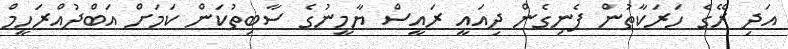
އަދި ރޭގެ ހަރަކާތުން ފެނިގެން ދިއައީ ރައީސް ޔާމީނުގެ ސާބިތުކަން ކަމަށް އަބްދުއްރަހީމް